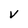
Character: V